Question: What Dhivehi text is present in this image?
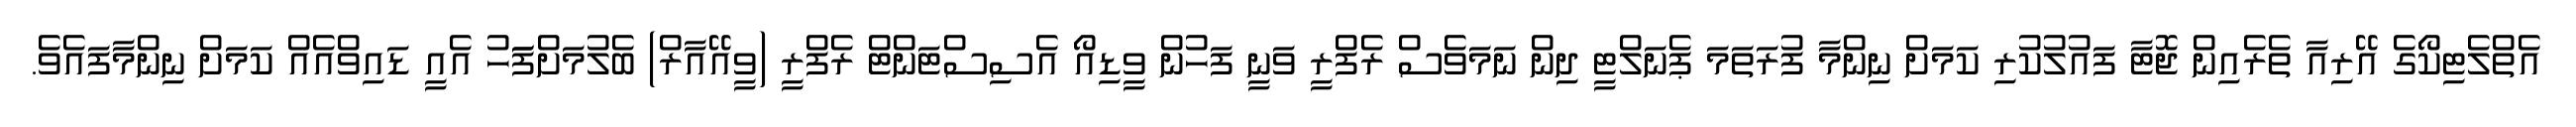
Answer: އެތްލެޓިކޯގެ އޭރިއާ ތެރެއިން ޖޮޓާ ފައުލުކުރި ކަމަށް ނިންމާ ފުރަތަމަ ޕެނަލްޓީ ދިން ނަމަވެސް ރެފްރީ ވަނީ ފަހުން ވީޑިއޯ އެސިސްޓަންޓް ރެފްރީ (ވީއޭއާރް) ބެލުމަށްފަަހު އެއީ ޑައިވްއެއް ކަމަށް ނިންމާފައެވެ.